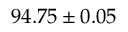
9 4 . 7 5 \pm 0 . 0 5